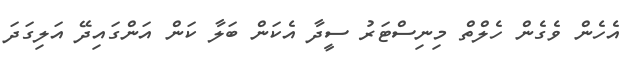
އެހެން ވެގެން ހެލްތް މިނިސްޓަރު ސީދާ އެކަން ބަލާ ކަން އަންގައިދޭ އަލިގަދަ